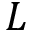
L